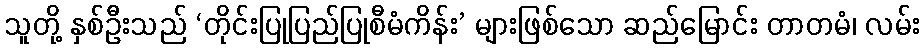
သူတို့ နှစ်ဦးသည် ‘တိုင်းပြုပြည်ပြုစီမံကိန်း’ များဖြစ်သော ဆည်မြောင်း တာတမံ၊ လမ်း